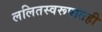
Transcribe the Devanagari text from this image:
ललितस्वरूपातही